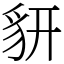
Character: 𧲨